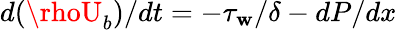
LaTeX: {d(\rhoU_{b})}/{dt}=-{\tau_{\mathbf{w}}}/{\delta}-{dP}/{dx}